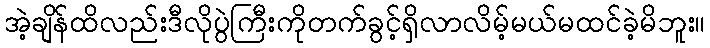
အဲ့ချိန်ထိလည်းဒီလိုပွဲကြီးကိုတက်ခွင့်ရှိလာလိမ့်မယ်မထင်ခဲ့မိဘူး။